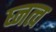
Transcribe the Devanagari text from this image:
घ्नत्व